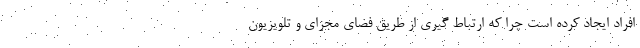
افراد ایجاد کرده است چرا که ارتباط گیری از طریق فضای مجزای و تلویزیون